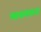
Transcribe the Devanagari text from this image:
मानाबराना